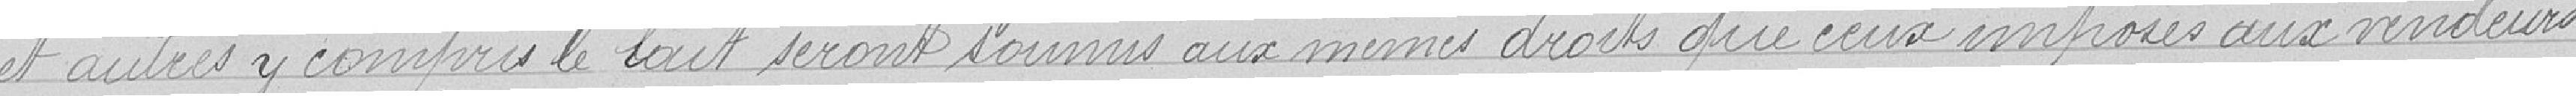
et autres y compris le lait seront soumis aux mêmes droits que ceux imposés aux vendeurs